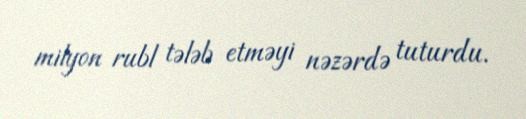
milyon rubl tələb etməyi nəzərdə tuturdu.